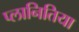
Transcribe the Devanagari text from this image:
प्लानितिया